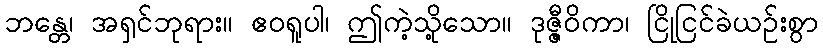
ဘန္တေ၊ အရှင်ဘုရား။ ဧဝရူပါ၊ ဤကဲ့သို့သော။ ဒုဇ္ဇီဝိကာ၊ ငြိုငြင်ခဲယဉ်းစွာ